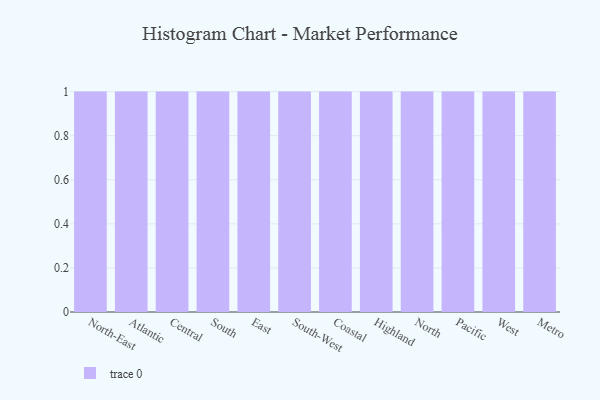
{"axis": {"x": "Region", "y": "Demand Index"}, "legend": [""], "data": [{"x": "North-East", "y": 84, "type": ""}, {"x": "Atlantic", "y": 50, "type": ""}, {"x": "Central", "y": 52, "type": ""}, {"x": "South", "y": 70, "type": ""}, {"x": "East", "y": 25, "type": ""}, {"x": "South-West", "y": 28, "type": ""}, {"x": "Coastal", "y": 98, "type": ""}, {"x": "Highland", "y": 76, "type": ""}, {"x": "North", "y": 19, "type": ""}, {"x": "Pacific", "y": 92, "type": ""}, {"x": "West", "y": 40, "type": ""}, {"x": "Metro", "y": 81, "type": ""}]}